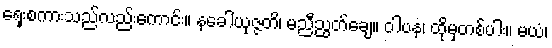
ရှေးစကားသည်လည်းကောင်း။ နခေါယုဇ္ဇတိ၊ မညီညွတ်ချေ။ ဝါပန၊ ထိုမှတစ်ပါး။ မယံ၊